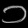
Digit: ၁